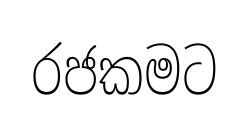
රජකමට